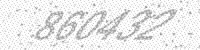
Solution: 860432